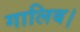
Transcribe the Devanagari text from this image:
गालिब।